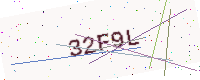
Text: 32F9L